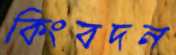
কিংবদন